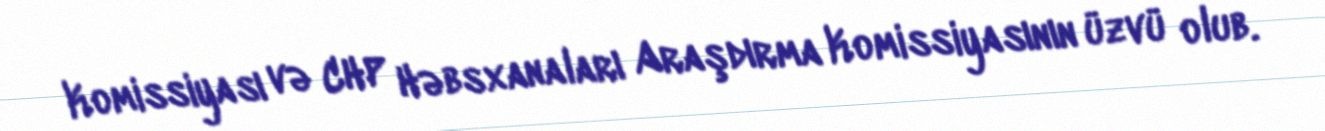
Komissiyası və CHP Həbsxanaları Araşdırma Komissiyasının üzvü olub.